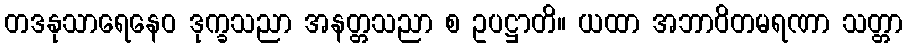
တဒနုသာရေနေဝ ဒုက္ခသညာ အနတ္တသညာ စ ဥပဋ္ဌာတိ။ ယထာ အဘာဝိတမရဏာ သတ္တာ